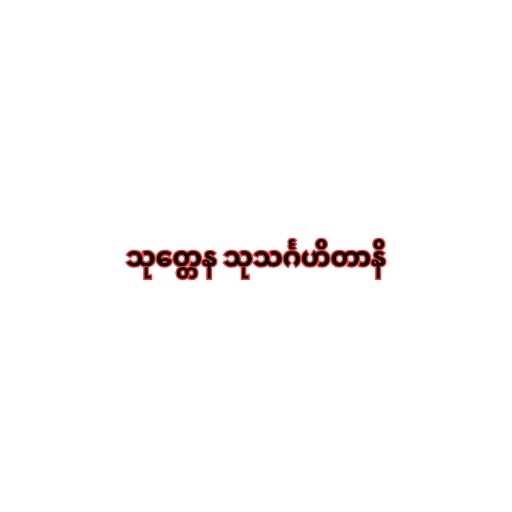
သုတ္တေန သုသင်္ဂဟိတာနိ